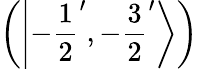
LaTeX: \left(\left|-{\frac{1}{2}}^{\prime},-{\frac{3}{2}}^{\prime}\right\rangle\right)